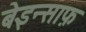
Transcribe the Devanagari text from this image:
बेइन्साफ़